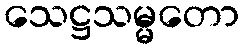
သေဋ္ဌသမ္မတော